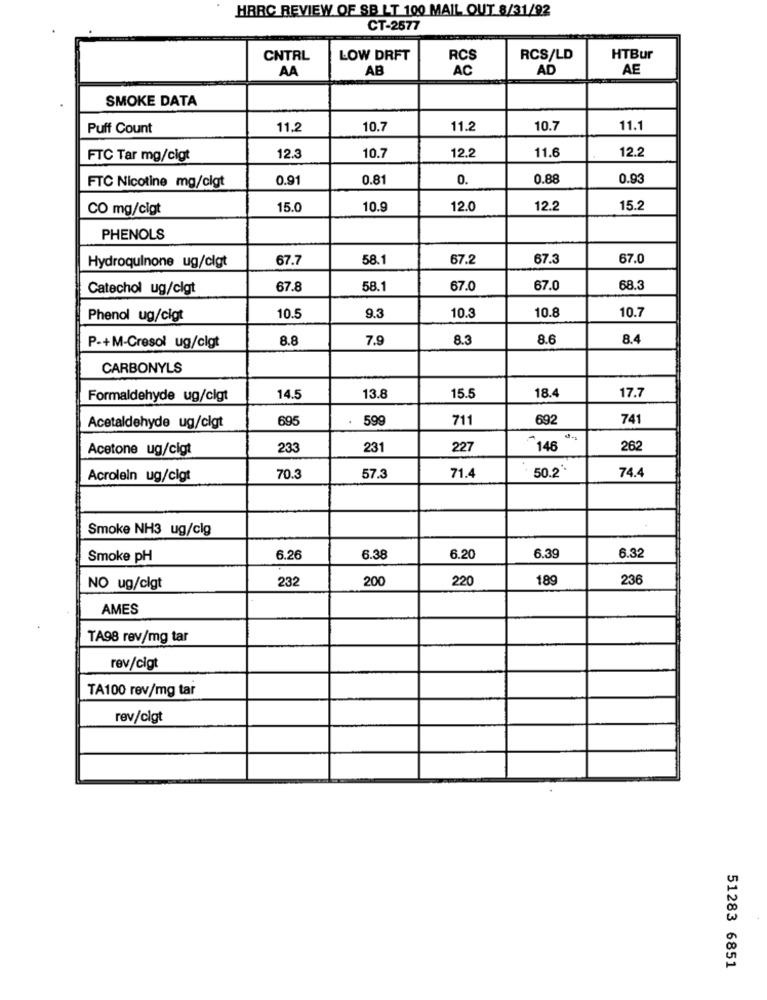
HARC REVIEW OF SB LT 100 MAIL OUT 8/31/92
CT-2577
CNTRL
LOW DRFT
RCS
RCS/LD
HTBur
AA
AB
AC
AD
AE
SMOKE DATA
Puff Count
11.2
10.7
11.2
10.7
11.1
12.2
11.6
12.2
FTC Tar mg/cigt
12.3
10.7
0.91
0.81
0.
0.88
0.93
FTC Nicotine mg/cigt
CO mg/cigt
15.0
10.9
12.0
12.2
15.2
PHENOLS
67.7
58.1
67.2
67.3
67.0
Hydroquinone ug/cigt
Catechol ug/clgt
67.8
58.1
67.0
67.0
68.3
10.5
9.3
10.7
Phenol ug/cigt
10.
10.8
8.8
7.9
8.3
8.6
8.4
P-+M-Cresol ug/cigt
CARBONYLS
Formaldehyde ug/cigt
14.5
13.8
15.5
18.4
17.7
695
599
711
692
741
Acetaldehyde ug/clgt
Acetone ug/cigt
233
231
227
146
262
50.2'
Acrolein ug/cigt
70.3
57.3
71.4
74.4
Smoke NH3 ug/clg
Smoke pH
6.26
6.38
6.20
6.39
6.32
232
200
220
189
236
NO ug/clgt
AMES
TA98 rev/mg tar
rev/cigt
TA100 rev/mg tar
rev/clgt
51283 6851